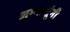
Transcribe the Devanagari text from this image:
अभ्यासूंनी